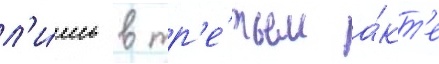
л'и́шь в тр'е́тьем а́кт'е